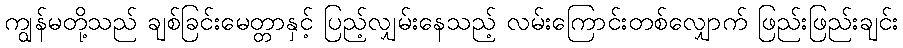
ကျွန်မတို့သည် ချစ်ခြင်းမေတ္တာနှင့် ပြည့်လျှမ်းနေသည့် လမ်းကြောင်းတစ်လျှောက် ဖြည်းဖြည်းချင်း